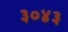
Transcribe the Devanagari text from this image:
३०४३